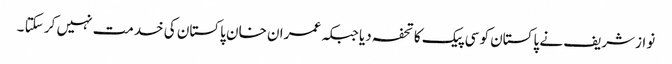
نوازشریف نے پاکستان کو سی پیک کا تحفہ دیا جبکہ عمران خان پاکستان کی خدمت نہیں کر سکتا ۔